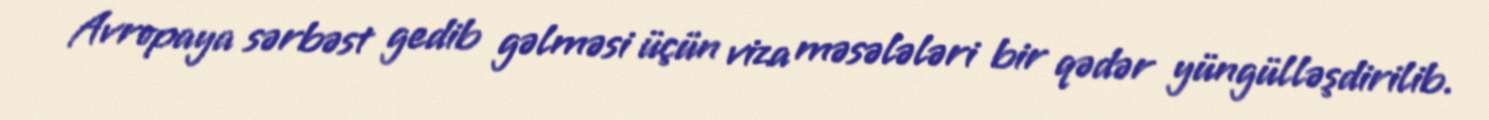
Avropaya sərbəst gedib gəlməsi üçün viza məsələləri bir qədər yüngülləşdirilib.